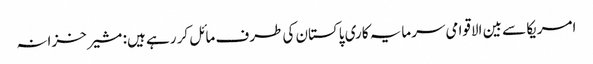
امریکا سے بین الاقوامی سرمایہ کاری پاکستان کی طرف مائل کر رہے ہیں: مشیر خزانہ